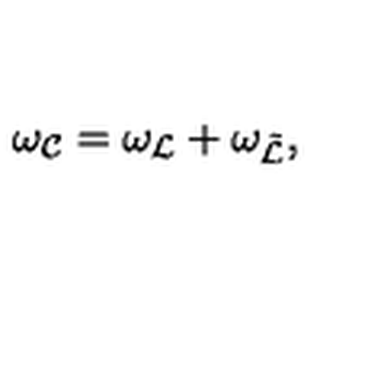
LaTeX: \omega _ { \cal C } = \omega _ { \cal L } + \omega _ { \tilde { \cal L } } ,